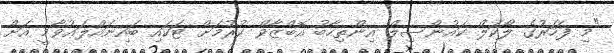
"މި ފަހަރުގެ ލޯކަލް ކައުންސިލް އިންތިހާބު އޮބްޒާވް ކުރުމަށް ޓަކައި ބައިނައްލަޢުވާމީ އަށް